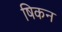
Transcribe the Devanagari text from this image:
षिकन